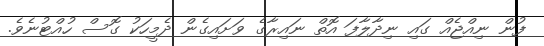
ފުން ނިއްޖެއް ގައި ނިދާލާފަ އޮތް ނައިރާގެ ވަށައިގެން ދެމީހަކު ގޮސް ހުއްޓުނެވެ.